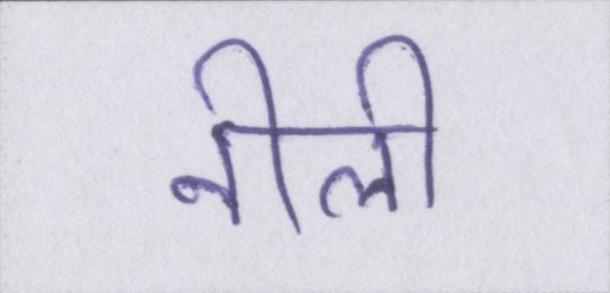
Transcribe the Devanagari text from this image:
नीली